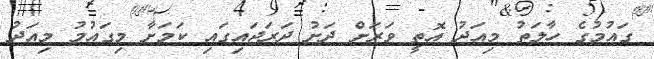
ގައުމުގެ ހާލަތު މިއަދު އޮތީ ވަރަށް ދަށު ދަރަޖައިގައި ކަމަށާ މިގައުމު މިއަދު